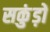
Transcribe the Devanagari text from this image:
सकुंड़ों